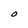
Character: O